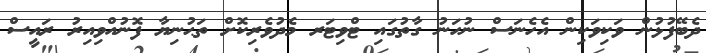
ދެބޭފުޅުން ވަކިވަކިން އެހެނަސް ނުހަނު ގާތުގައި ޓްވިޓަރ މެދުވެރިކޮށް ތަޙުނިޔާ ފޮނުއްވިއިރު ރައީސް